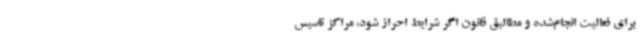
برای فعالیت انجام‌شده و مطالبق قانون اگر شرایط احراز شود، مراکز تاسیس